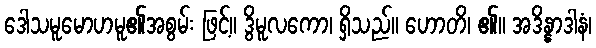
ဒေါသမူမောဟမူ၏အစွမ်း ဖြင့်။ ဒွိမူလကော၊ ရှိသည်။ ဟောတိ၊ ၏။ အဒိန္နာဒါနံ၊